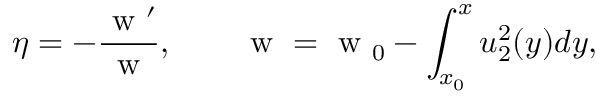
\eta = - \frac { \mathrm { ~ w ~ } ^ { \prime } } { \mathrm { ~ w ~ } } , \qquad \mathrm { ~ w ~ } = \mathrm { ~ w ~ } _ { 0 } - \int _ { x _ { 0 } } ^ { x } u _ { 2 } ^ { 2 } ( y ) d y ,